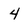
Character: 4